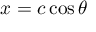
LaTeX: x = c \cos \theta